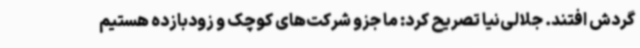
گردش افتند. جلالی‌نیا تصریح کرد: ما جزو شرکت‌های کوچک و زودبازده هستیم